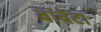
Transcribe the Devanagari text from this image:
बॉबेटा